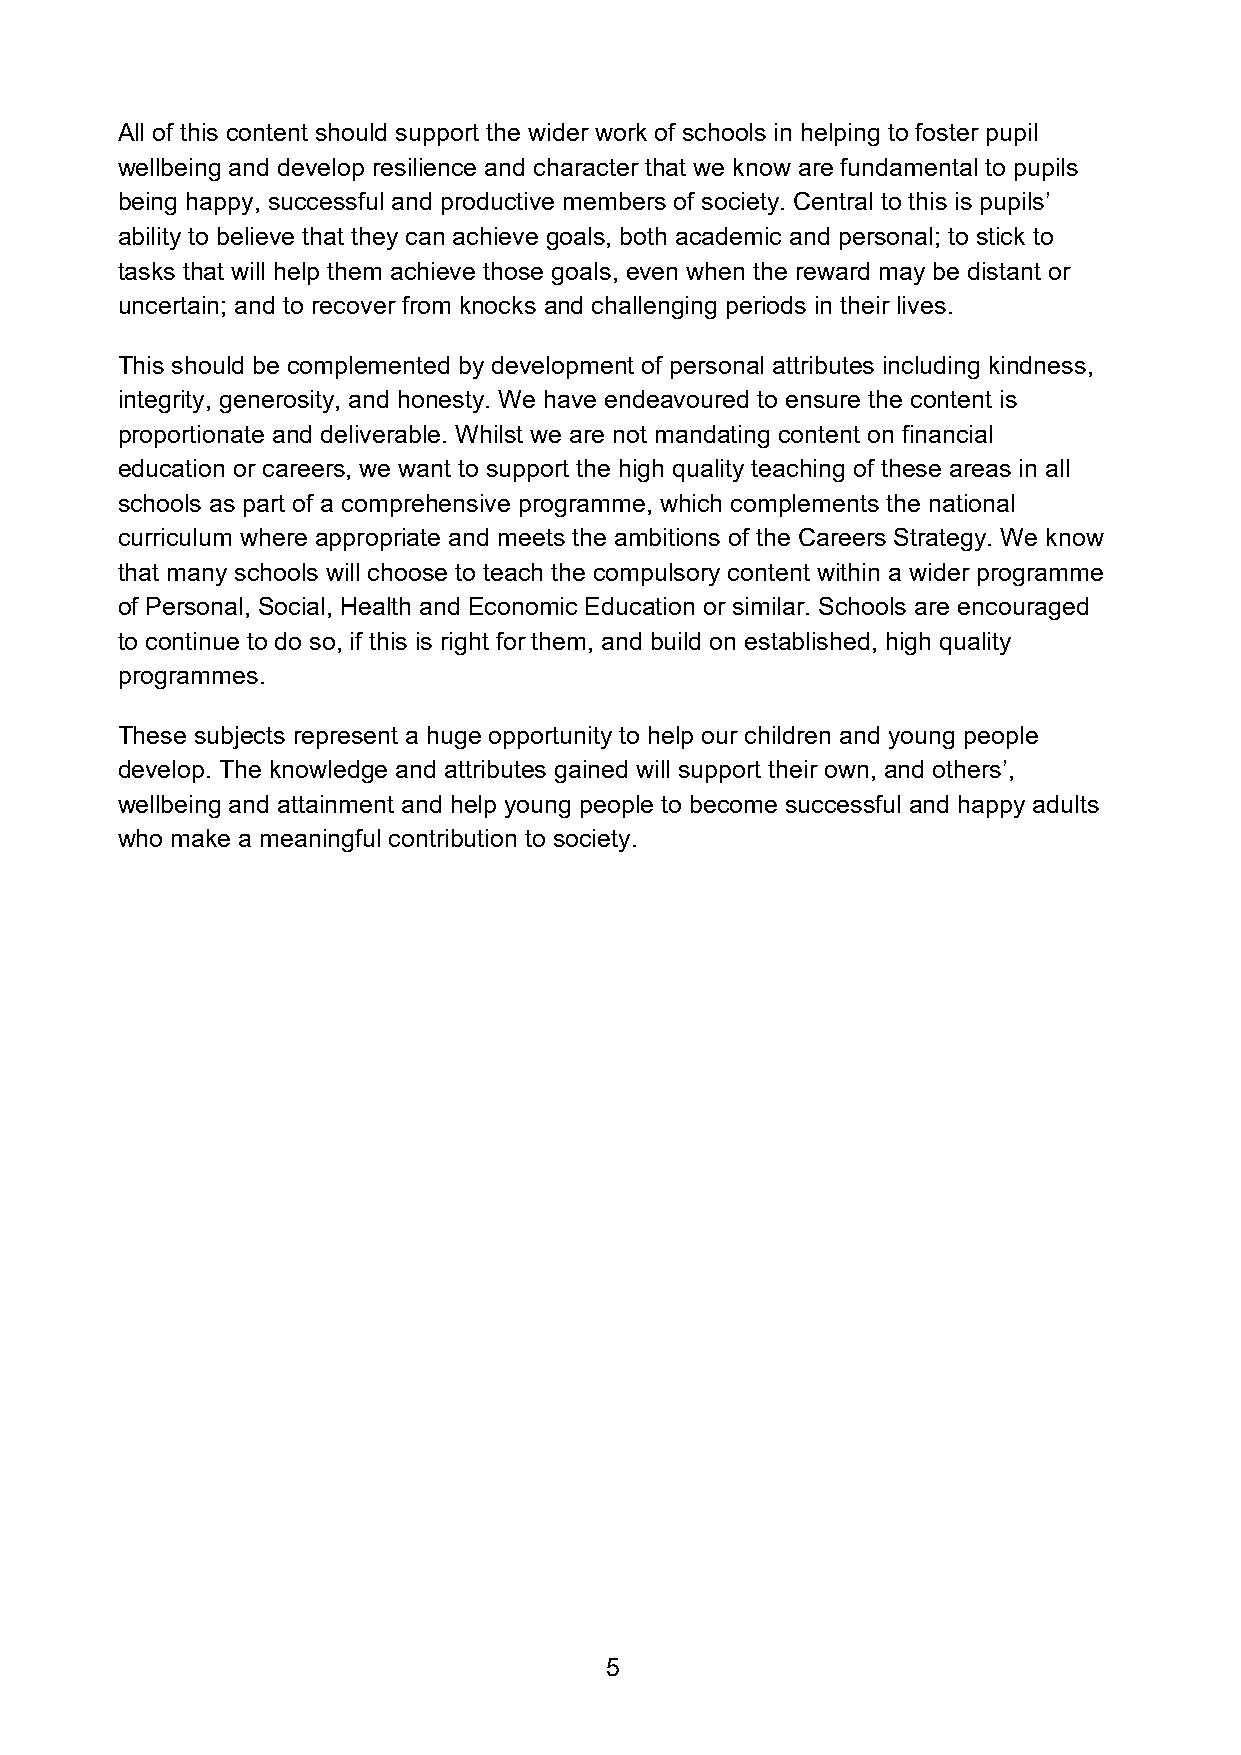
All of this content should support the wider work of schools in helping to foster pupil
 wellbeing and develop resilience and character that we know are fundamental to pupils
 being happy, successful and productive members of society. Central to this is pupils’
 ability to believe that they can achieve goals, both academic and personal; to stick to
 tasks that will help them achieve those goals, even when the reward may be distant or
 uncertain; and to recover from knocks and challenging periods in their lives.
 This should be complemented by development of personal attributes including kindness,
 integrity, generosity, and honesty. We have endeavoured to ensure the content is
 proportionate and deliverable. Whilst we are not mandating content on financial
 education or careers, we want to support the high quality teaching of these areas in all
 schools as part of a comprehensive programme, which complements the national
 curriculum where appropriate and meets the ambitions of the Careers Strategy. We know
 that many schools will choose to teach the compulsory content within a wider programme
 of Personal, Social, Health and Economic Education or similar. Schools are encouraged
 to continue to do so, if this is right for them, and build on established, high quality
 programmes.
 These subjects represent a huge opportunity to help our children and young people
 develop. The knowledge and attributes gained will support their own, and others’,
 wellbeing and attainment and help young people to become successful and happy adults
 who make a meaningful contribution to society.
 5